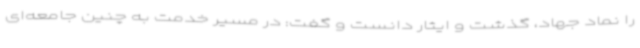
را نماد جهاد، گذشت و ایثار دانست و گفت: در مسیر خدمت به چنین جامعه‌ای